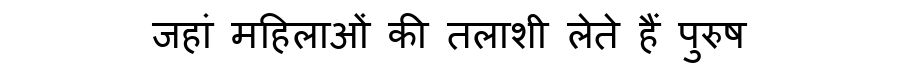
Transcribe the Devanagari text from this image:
जहां महिलाओं की तलाशी लेते हैं पुरुष